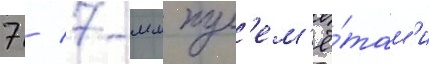
7 / 7-мм пул'ем'ё́там'и